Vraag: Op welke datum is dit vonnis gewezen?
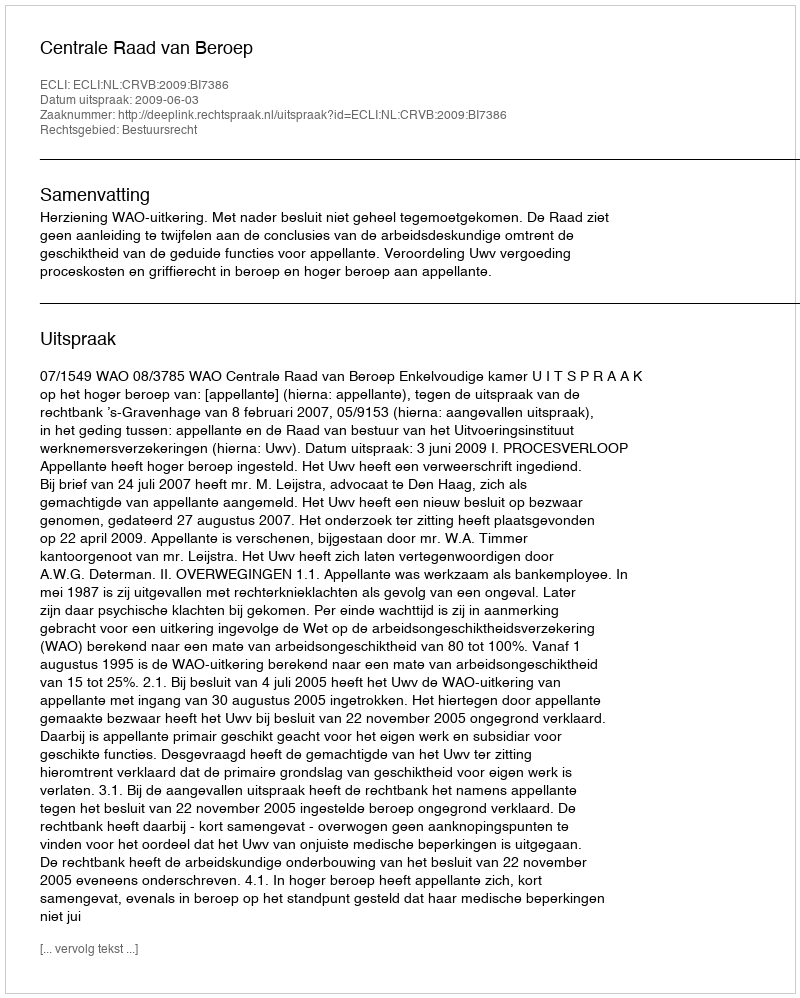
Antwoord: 2009-06-03